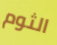
الثوم